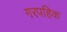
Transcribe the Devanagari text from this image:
गरपहिक